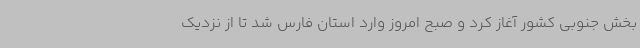
بخش جنوبی کشور آغاز کرد و صبح امروز وارد استان فارس شد تا از نزدیک